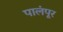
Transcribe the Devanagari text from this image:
पालंपूर